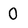
Character: 0